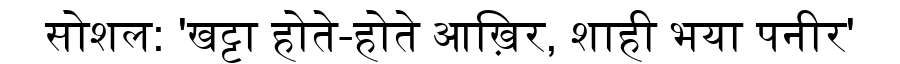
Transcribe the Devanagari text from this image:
सोशल: 'खट्टा होते-होते आख़िर, शाही भया पनीर'